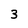
Character: 3